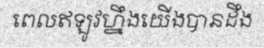
ពេលឥឡូវហ្នឹងយើងបានដឹង